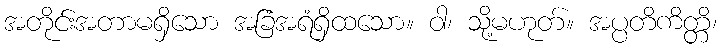
အတိုင်းအတာမရှိသော အခြံအရံရှိထသော။ ဝါ၊ သို့မဟုတ်။ အပ္ပတိကိတ္တိ၊